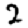
Digit: 2